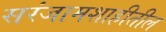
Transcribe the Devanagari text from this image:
सरंजामशाहीतील